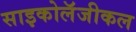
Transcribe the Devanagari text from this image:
साइकोलॅजीकल